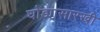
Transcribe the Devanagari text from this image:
घोड्यासारखी